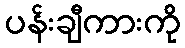
ပန်းချီကားကို